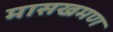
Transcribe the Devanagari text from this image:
मासखमण